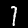
Digit: 1